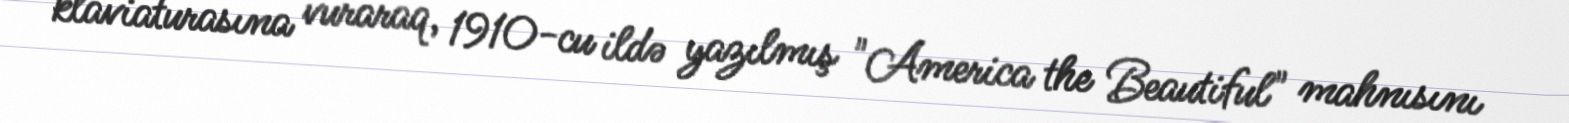
klaviaturasına vuraraq, 1910-cu ildə yazılmış "America the Beautiful" mahnısını